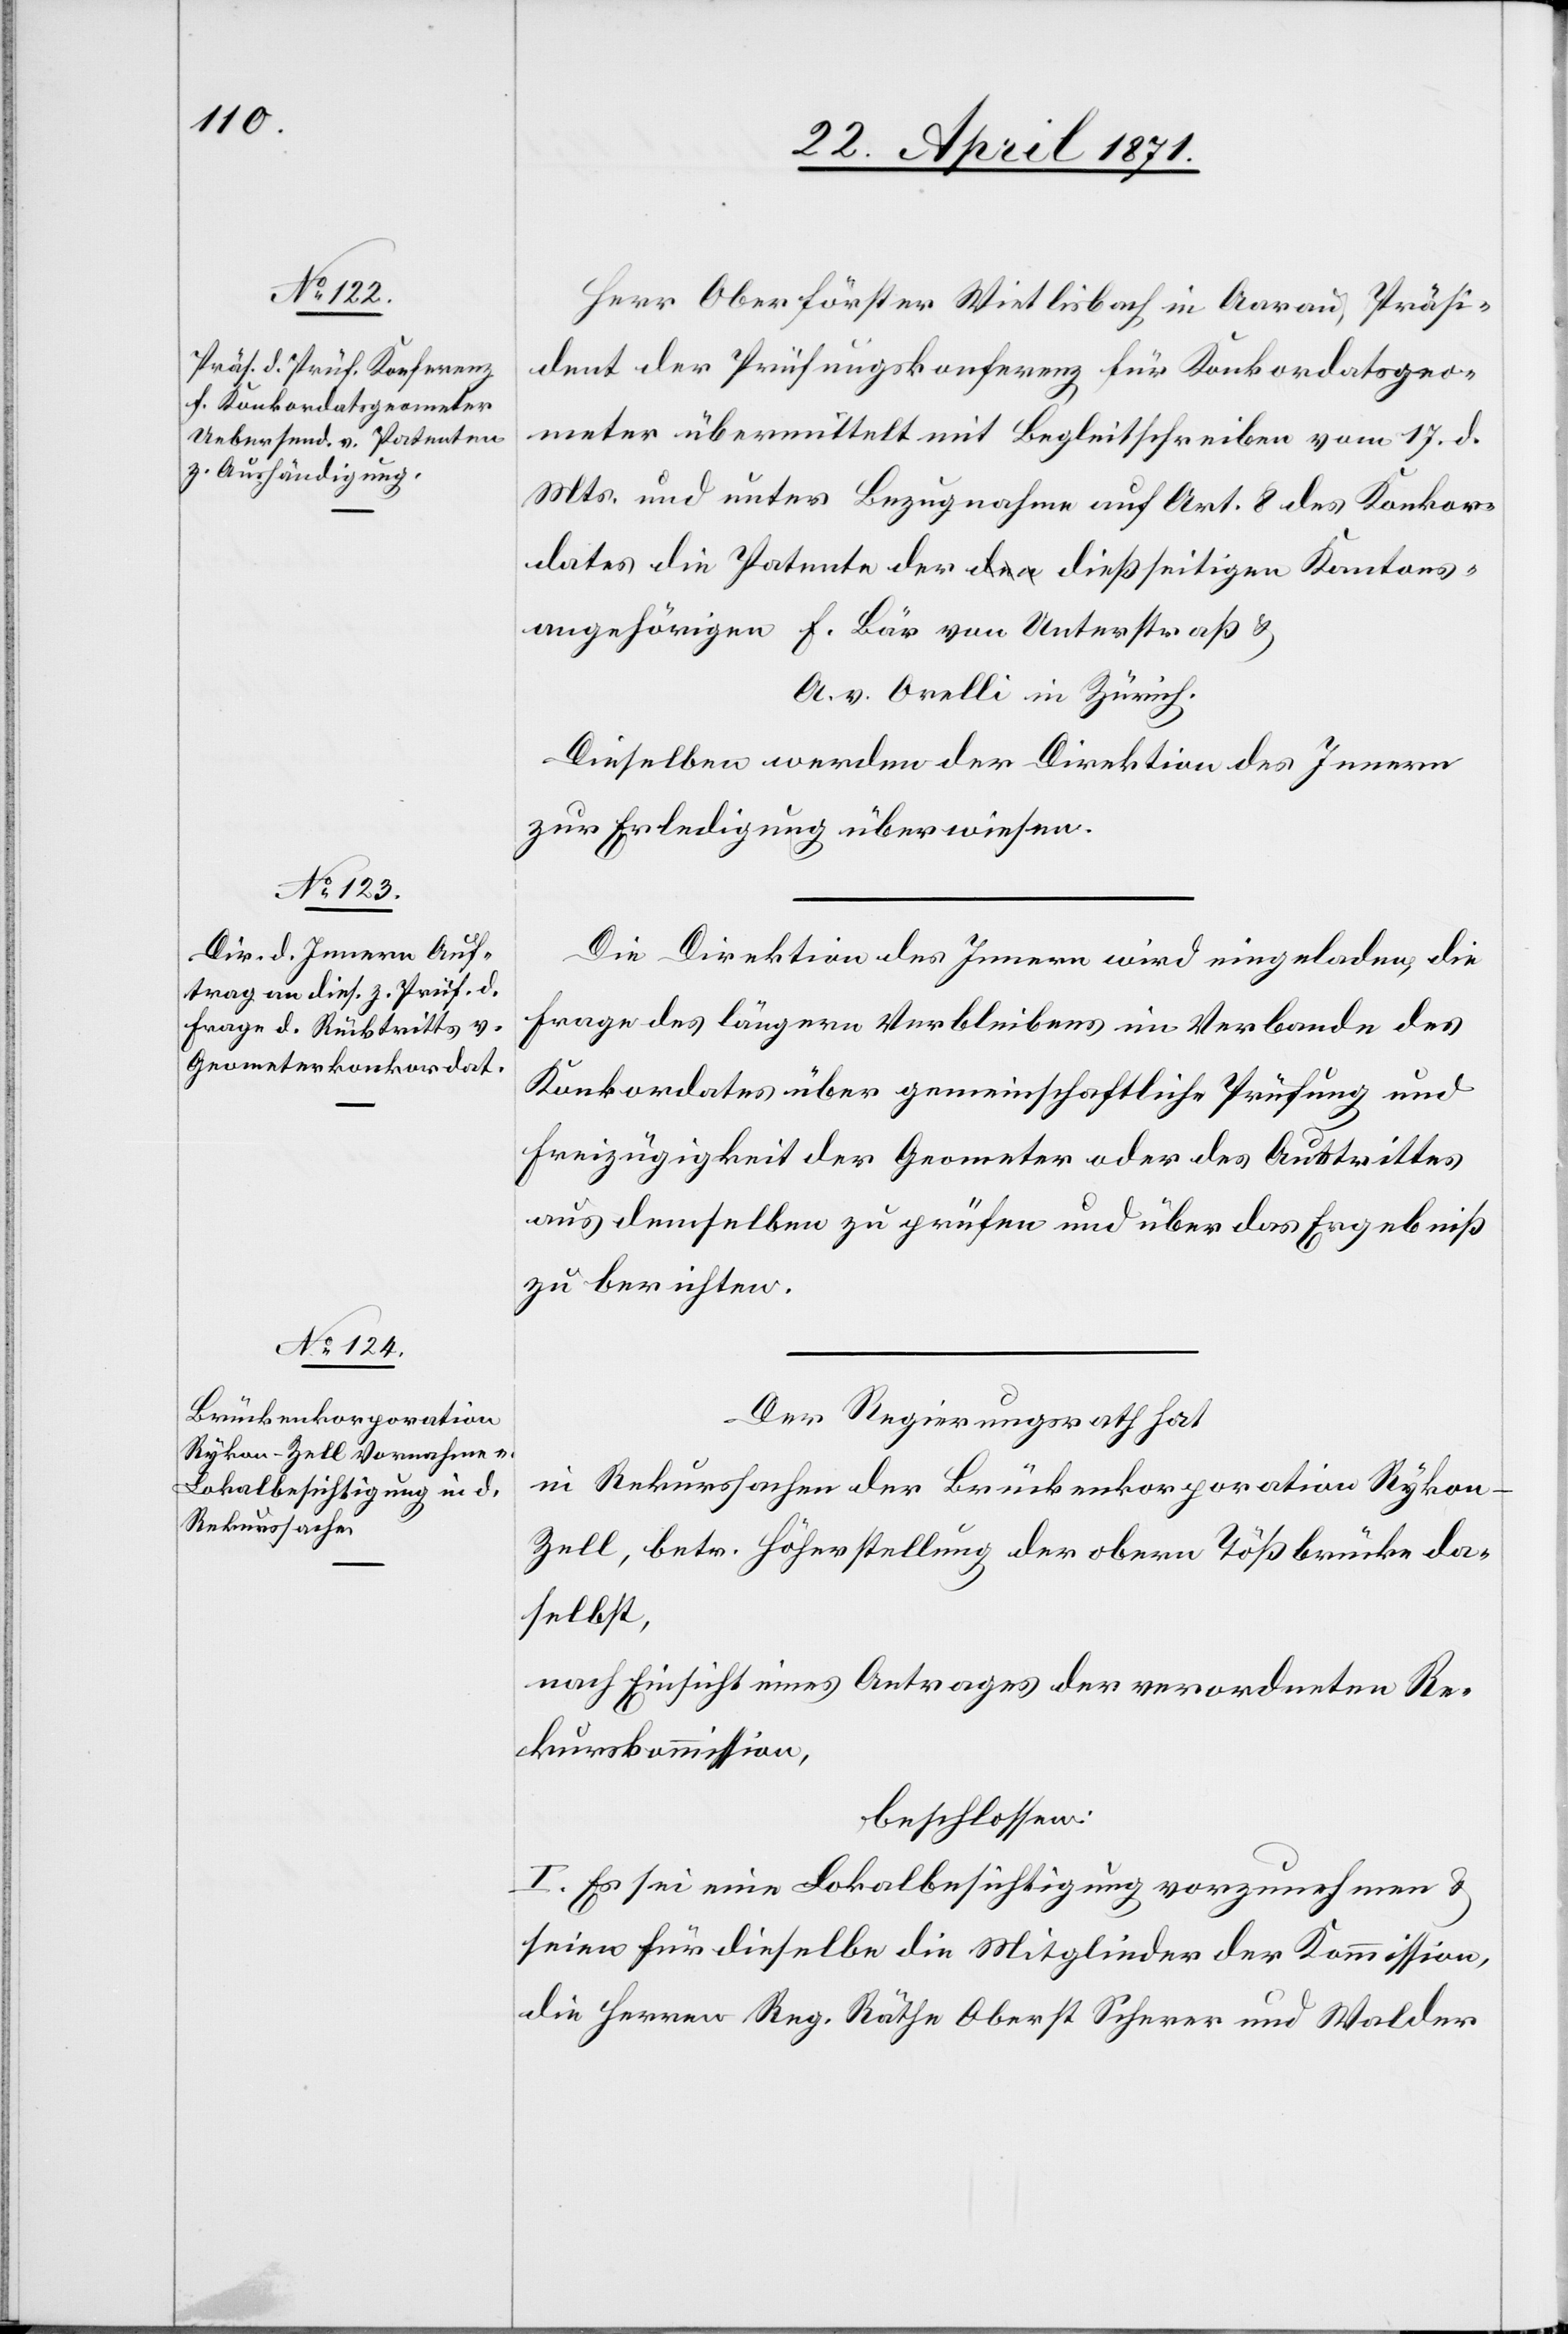
Herr Oberförster Wietlisbach in Aarau, Präsi¬
dent der Prüfungskonferenz für Konkordatsgeo¬
meter übermittelt mit Begleitschreiben vom 17. d.
Mts. und unter Bezugnahme auf Art. 8 des Konkor¬
dates die Patente der dießseitigen Kantons¬
angehörigen F. Bär von Unterstraß u.
A. v. Orelli in Zürich.
Dieselben werden der Direktion des Innern
zur Erledigung überweisen.
Die Direktion des Innern wird eingeladen, die
Frage des längern Verbleibens im Verbande des
Konkordates über gemeinschaftliche Prüfung und
Freizügigkeit der Geometer oder des Austrittes
aus demselben zu prüfen und über das Ergebniß
zu berichten.
Der Regierungsrath hat
in Rekurssachen der Brückenkorporation Rykon-Z¬
ell, betr. Höherstellung der obern Tößbrücke da¬
selbst,
nach Einsicht eines Antrages der verordneten Re¬
kurskommission,
beschlossen:
I. Es sei eine Lokalbesichtigung vorzunehmen u.
seien Herren Reg. Räthe Oberst Scherer und Walder